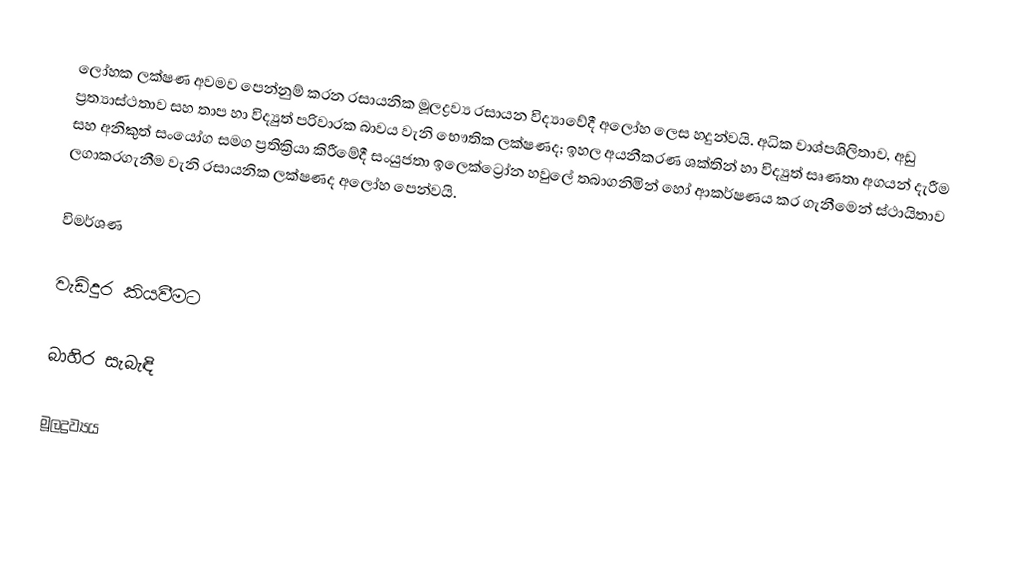
ලෝහක ලක්ෂණ අවමව පෙන්නුම් කරන  රසායනික මූලද්‍රව්‍ය රසායන විද්‍යාවේදී අලෝහ ලෙස හදුන්වයි. අධික වාශ්පශිලිතාව, අඩු ප්‍රත්‍යාස්ථතාව සහ තාප  හා විද්‍යුත් පරිවාරක බාවය වැනි භෞතික ලක්ෂණද; ඉහල අයනීකරණ ශක්තින් හා විද්‍යුත් සෘණතා අගයන් දැරීම සහ අනිකුත් සංයෝග සමග ප්‍රතික්‍රියා කිරීමේදී සංයුජතා ඉලෙක්ට්‍රෝන හවුලේ තබාගනිමින් හෝ ආකර්ෂණය කර ගැනීමෙන් ස්ථායිතාව ලගාකරගැනීම වැනි රසායනික ලක්ෂණද අලෝහ පෙන්වයි.

විමර්ශණ

වැඩිදුර කියවීමට

බාහිර සැබැඳි

මූලද්‍රව්‍යය